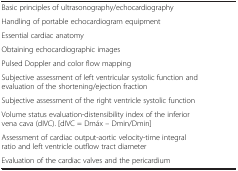
<table><thead><tr><td>[EMPTY_CELL]</td><td>[EMPTY_CELL]</td></tr></thead><tbody><tr><td>Basic principles of ultrasonography/echocardiography</td><td>[EMPTY_CELL]</td></tr><tr><td>Handling of portable echocardiogram equipment</td><td>[EMPTY_CELL]</td></tr><tr><td>Essential cardiac anatomy</td><td>[EMPTY_CELL]</td></tr><tr><td>Obtaining echocardiographic images</td><td>[EMPTY_CELL]</td></tr><tr><td>Pulsed Doppler and color flow mapping</td><td>[EMPTY_CELL]</td></tr><tr><td>Subjective assessment of left ventricular systolic function and evaluation of the shortening/ejection fraction</td><td>[EMPTY_CELL]</td></tr><tr><td>Subjective assessment of the right ventricle systolic function</td><td>[EMPTY_CELL]</td></tr><tr><td>Volume status evaluation-distensibility index of the inferior vena cava (dIVC). [dIVC = Dmáx – Dmin/Dmin]</td><td>[EMPTY_CELL]</td></tr><tr><td>Assessment of cardiac output-aortic velocity-time integral ratio and left ventricle outflow tract diameter</td><td>[EMPTY_CELL]</td></tr><tr><td>Evaluation of the cardiac valves and the pericardium</td><td>[EMPTY_CELL]</td></tr></tbody></table>